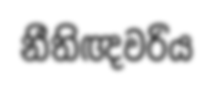
නීතිඥවරිය